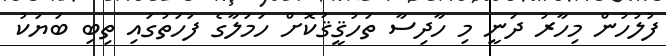
ފުލުހުން މިހާރު ދަނީ މި ހާދިސާ ތަހުޤީޤުކޮށް ހަމަލާގެ ފަހަތުގައި ތިބި ބަޔަކު